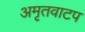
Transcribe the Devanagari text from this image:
अमृतवाटप